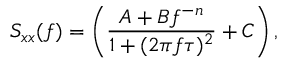
S _ { x x } ( f ) = \left( \frac { A + B f ^ { - n } } { 1 + ( 2 \pi f \tau ) ^ { 2 } } + C \right) ,